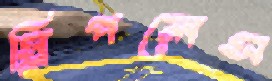
স্লিপলেস